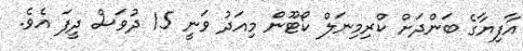
އާފިޔާގެ ބަންދަށް ކްރިމިނަލް ކޯޓޫން މިއަދު ވަނީ 15 ދުވަސް ދީފަ އެވެ.